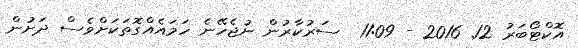
އޮކްޓޯބަރު 12